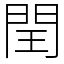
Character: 閏